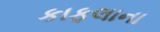
કાફલાના